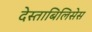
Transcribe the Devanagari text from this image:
देस्ताबिलिसेस